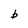
Character: b